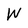
Character: W